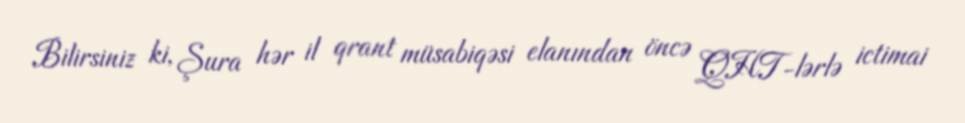
Bilirsiniz ki, Şura hər il qrant müsabiqəsi elanından öncə QHT-lərlə ictimai